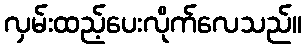
လှမ်းထည့်ပေးလိုက်လေသည်။